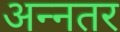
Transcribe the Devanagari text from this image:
अन्नतर